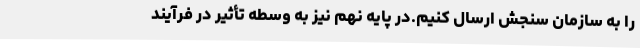
را به سازمان سنجش ارسال کنیم.در پایه نهم نیز به وسطه تأثیر در فرآیند